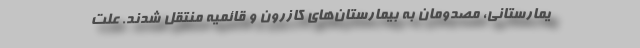
یمارستانی، مصدومان به بیمارستان‌های کازرون و قائمیه منتقل شدند. علت